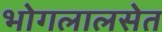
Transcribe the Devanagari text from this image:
भोगलालसेत